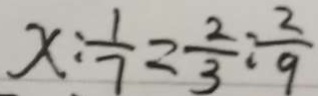
x : \frac { 1 } { 7 } = \frac { 2 } { 3 } : \frac { 2 } { 9 }